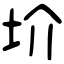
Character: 圿